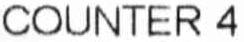
COUNTER 4